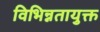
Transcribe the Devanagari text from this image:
विभिन्नतायुक्त